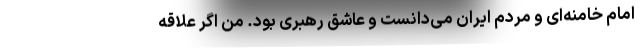
امام خامنه‌ای و مردم ایران می‌دانست و عاشق رهبری بود. من اگر علاقه